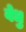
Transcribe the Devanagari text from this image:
वेधु